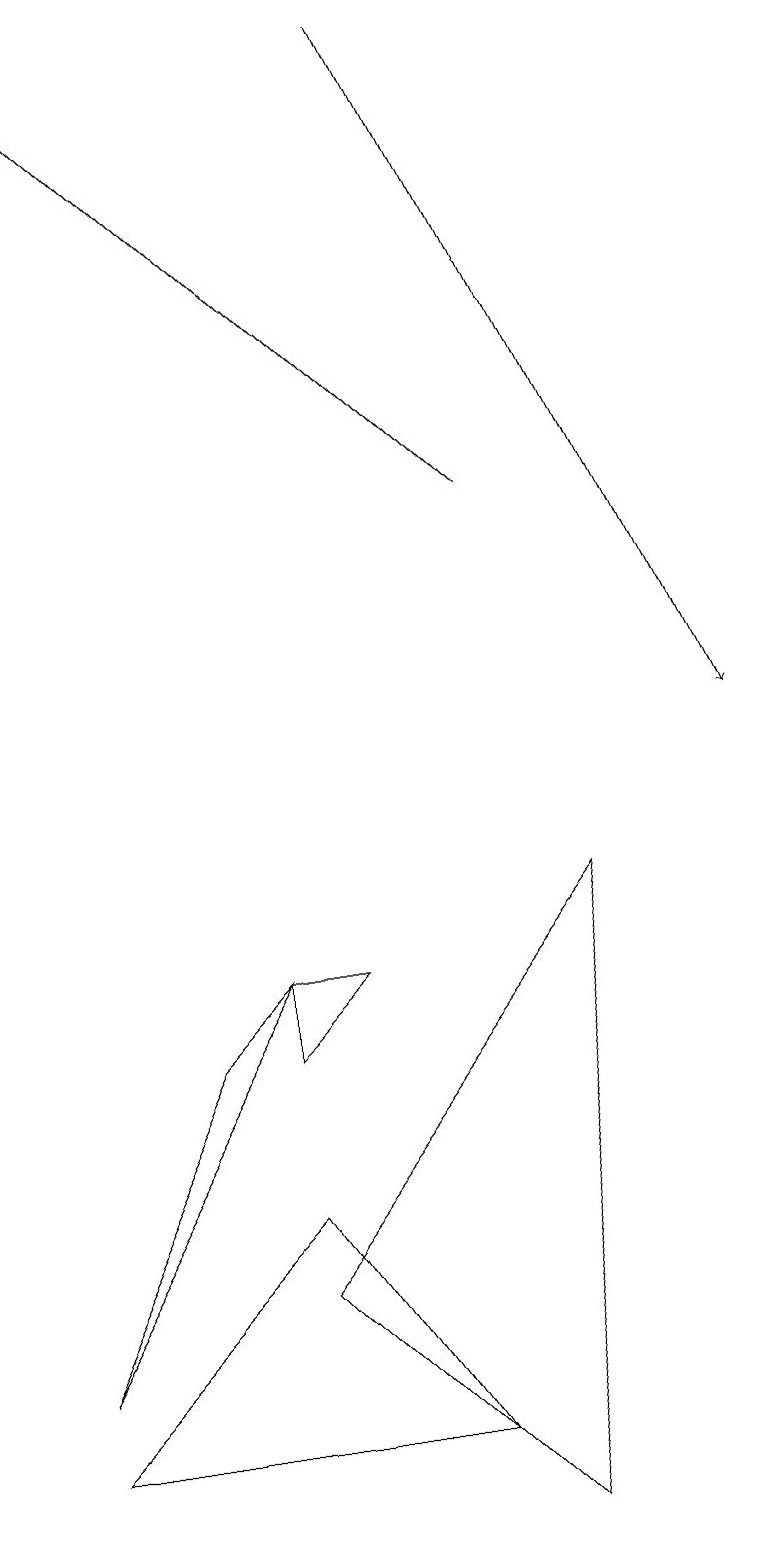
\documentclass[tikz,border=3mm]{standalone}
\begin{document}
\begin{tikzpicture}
\draw (7,8) -- (6,0) -- (3,3) -- cycle;
\draw (4,7) -- (3,6) -- (3,7) -- cycle;
\draw (3,4) -- (0,1) -- (5,1) -- cycle;
\draw[->] (5,19) -- (9,10);
\draw[->] (6,13) -- (0,19);
\draw (0,2) -- (3,7) -- (2,6) -- cycle;
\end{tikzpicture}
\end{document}